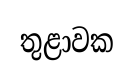
තුළාවක